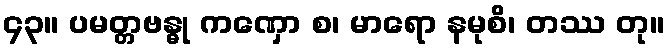
၄၃။ ပမတ္တဗန္ဓု ကဏှော စ၊ မာရော နမုစိ၊ တဿ တု။